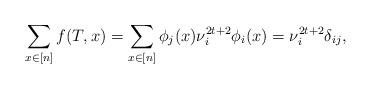
LaTeX: \begin{align*} \sum_{x\in[n]} f(T, x) = \sum_{x \in [n]} \phi_j(x) \nu_i^{2t+2} \phi_i(x) =\nu_i^{2t+2} \delta_{ij}, \end{align*}